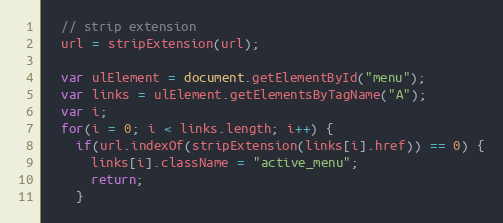
Language: JavaScript
  // strip extension
  url = stripExtension(url);

  var ulElement = document.getElementById("menu");
  var links = ulElement.getElementsByTagName("A");
  var i;
  for(i = 0; i < links.length; i++) {
    if(url.indexOf(stripExtension(links[i].href)) == 0) {
      links[i].className = "active_menu";
      return;
    }